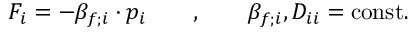
F _ { i } = - \beta _ { f ; i } \cdot p _ { i } \qquad , \qquad \beta _ { f ; i } , D _ { i i } = \mathrm { c o n s t . }